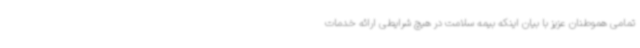
تمامی هموطنان عزیز با بیان اینکه بیمه سلامت در هیچ شرایطی ارائه خدمات